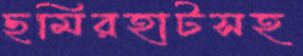
ছমিরহাটসহ